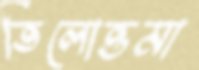
তিলোত্তমা